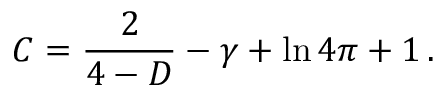
C = \frac { 2 } { 4 - D } - \gamma + \ln 4 \pi + 1 \, .